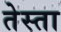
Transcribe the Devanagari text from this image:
तेस्ता